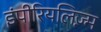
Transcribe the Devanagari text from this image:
इंपीरियलिज़्म